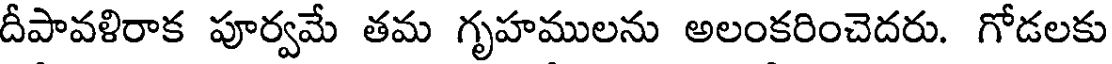
దీపావళిరాక పూర్వమే తమ గృహములను అలంకరించెదరు. గోడలకు